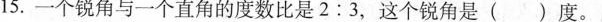
15.一个锐角与一个直角的度数比是2:3，这个锐角是( )度。